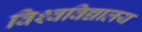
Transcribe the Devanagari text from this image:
विश्‍वविद्यालय